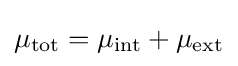
\mu _{\text{tot}}=\mu _{\text{int}}+\mu _{\text{ext}}